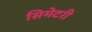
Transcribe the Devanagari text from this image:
सिमेटरी